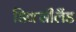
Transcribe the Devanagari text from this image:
डिक्सीलैंड